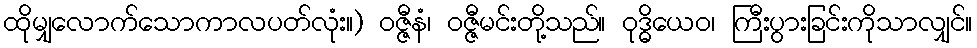
ထိုမျှလောက်သောကာလပတ်လုံး။) ဝဇ္ဇီနံ၊ ဝဇ္ဇီမင်းတို့သည်။ ဝုဒ္ဓိယေဝ၊ ကြီးပွားခြင်းကိုသာလျှင်။